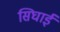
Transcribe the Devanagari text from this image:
सिघाई